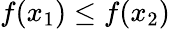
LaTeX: f(x_{1})\leq f(x_{2})